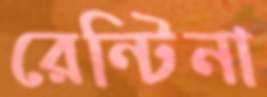
রেন্টিনা